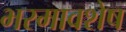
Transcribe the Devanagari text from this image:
भस्मावशेष